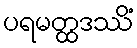
ပရမတ္ထဒဿိံ